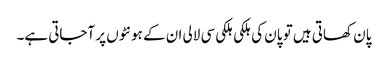
پان کھاتی ہیں تو پان کی ہلکی ہلکی سی لالی ان کے ہونٹوں پر آجاتی ہے۔